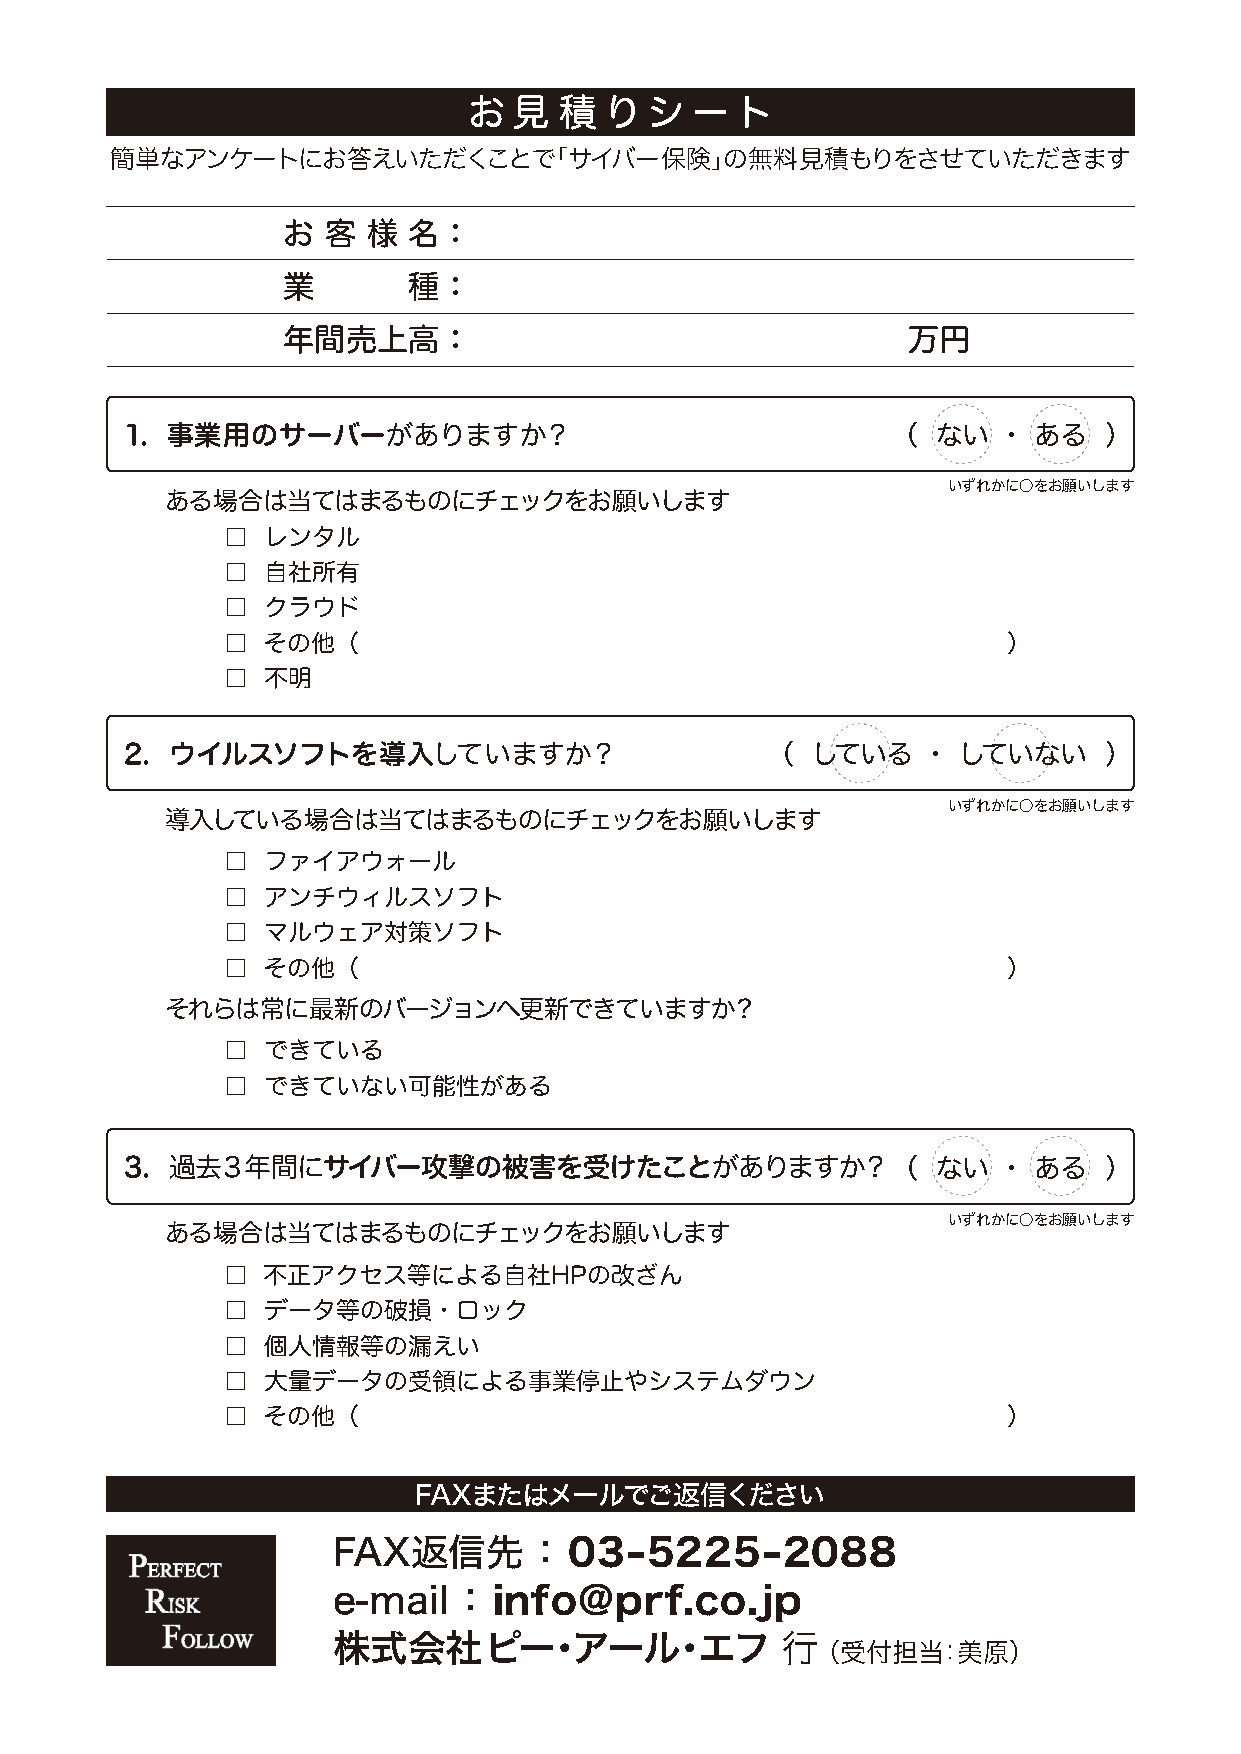
お  見  積  りシ    ート
 簡単なアンケートにお答えいただくことで「サイバー保険」の無料見積もりをさせていただきます
 お 客  様名：
 業       種：
 年間売上高：                                   万円
 1. 事業用のサーバーがありますか？                                 （  ない  ・ ある   ）
 いずれかに○をお願いします
 ある場合は当てはまるものにチェックをお願いします
 □ レンタル
 □ 自社所有
 □ クラウド
 □ その他（                                              ）
 □ 不明
 2. ウイルスソフトを導入していますか？                       （  している   ・ していない     ）
 いずれかに○をお願いします
 導入している場合は当てはまるものにチェックをお願いします
 □ ファイアウォール
 □ アンチウィルスソフト
 □ マルウェア対策ソフト
 □ その他（                                              ）
 それらは常に最新のバージョンへ更新できていますか？
 □ できている
 □ できていない可能性がある
 3. 過去３年間にサイバー攻撃の被害を受けたことがありますか？（                      ない  ・ ある   ）
 いずれかに○をお願いします
 ある場合は当てはまるものにチェックをお願いします
 □ 不正アクセス等による自社HPの改ざん
 □ データ等の破損・ロック
 □ 個人情報等の漏えい
 □ 大量データの受領による事業停止やシステムダウン
 □ その他（                                              ）
 FAXまたはメールでご返信ください
 FAX返信先       ：  03-5225-2088
 e-mail  ：  info@prf.co.jp
 株式会社ピー・アール・エフ                 行 （ 受付担当：美原）